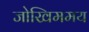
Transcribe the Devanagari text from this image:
जोखिममय